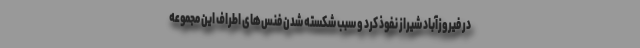
در فیروزآباد شیراز نفوذ کرد و سبب شکسته شدن فنس‌های اطراف این مجموعه